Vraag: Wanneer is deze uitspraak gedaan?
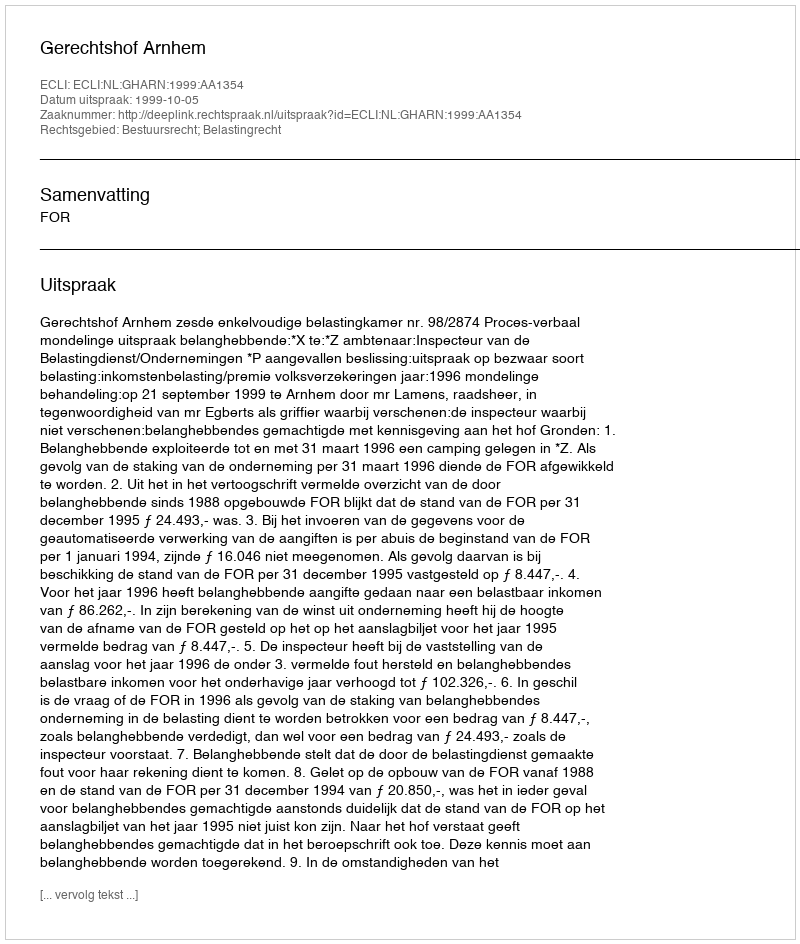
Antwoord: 1999-10-05